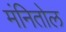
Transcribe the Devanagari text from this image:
मंनितोल